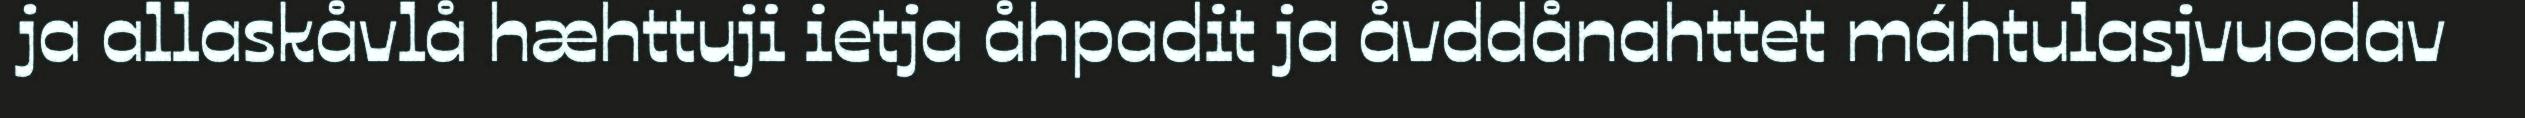
ja allaskåvlå hæhttuji ietja åhpadit ja åvddånahttet máhtulasjvuodav